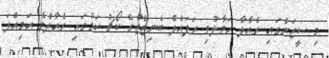
މި ސީޒަންގައި ރެއާލާ ހަވާލުވި ރަފައެލް ބެނިޓޭޒްގެ ކޯޗު ކަމުގައި ރެއާލްގެ އަމިއްލަ